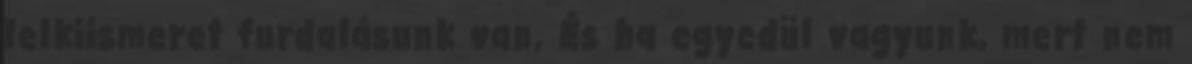
lelkiismeret furdalásunk van, És ha egyedül vagyunk, mert nem